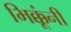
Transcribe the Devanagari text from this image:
भिक्कूंनी